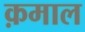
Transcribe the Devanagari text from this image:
क़माल